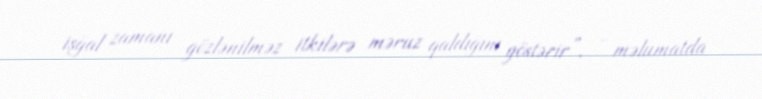
işğal zamanı gözlənilməz itkilərə məruz qaldığını göstərir”, - məlumatda